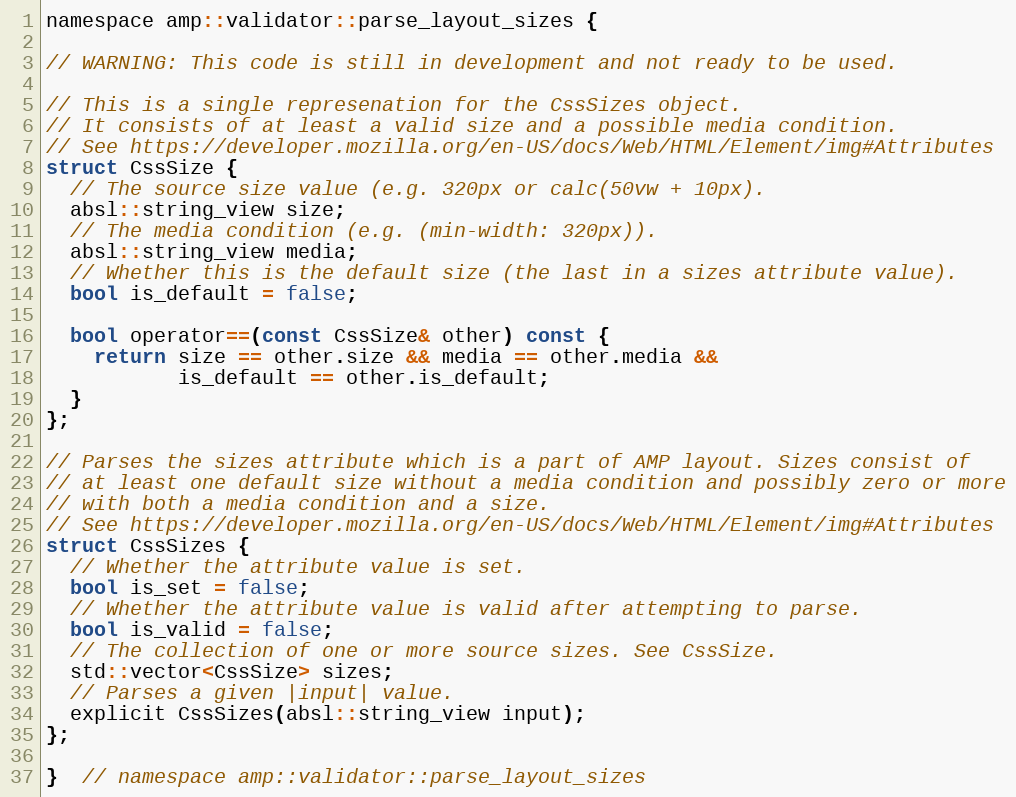
Language: C
namespace amp::validator::parse_layout_sizes {

// WARNING: This code is still in development and not ready to be used.

// This is a single represenation for the CssSizes object.
// It consists of at least a valid size and a possible media condition.
// See https://developer.mozilla.org/en-US/docs/Web/HTML/Element/img#Attributes
struct CssSize {
  // The source size value (e.g. 320px or calc(50vw + 10px).
  absl::string_view size;
  // The media condition (e.g. (min-width: 320px)).
  absl::string_view media;
  // Whether this is the default size (the last in a sizes attribute value).
  bool is_default = false;

  bool operator==(const CssSize& other) const {
    return size == other.size && media == other.media &&
           is_default == other.is_default;
  }
};

// Parses the sizes attribute which is a part of AMP layout. Sizes consist of
// at least one default size without a media condition and possibly zero or more
// with both a media condition and a size.
// See https://developer.mozilla.org/en-US/docs/Web/HTML/Element/img#Attributes
struct CssSizes {
  // Whether the attribute value is set.
  bool is_set = false;
  // Whether the attribute value is valid after attempting to parse.
  bool is_valid = false;
  // The collection of one or more source sizes. See CssSize.
  std::vector<CssSize> sizes;
  // Parses a given |input| value.
  explicit CssSizes(absl::string_view input);
};

}  // namespace amp::validator::parse_layout_sizes